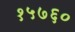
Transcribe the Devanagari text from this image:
१५७६०